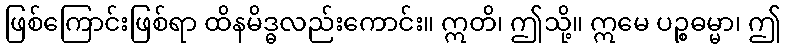
ဖြစ်ကြောင်းဖြစ်ရာ ထိနမိဒ္ဓလည်းကောင်း။ ဣတိ၊ ဤသို့။ ဣမေ ပဉ္စဓမ္မာ၊ ဤ